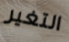
التغير